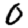
Digit: 0